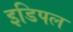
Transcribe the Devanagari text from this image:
इडिपल